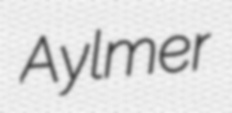
Aylmer